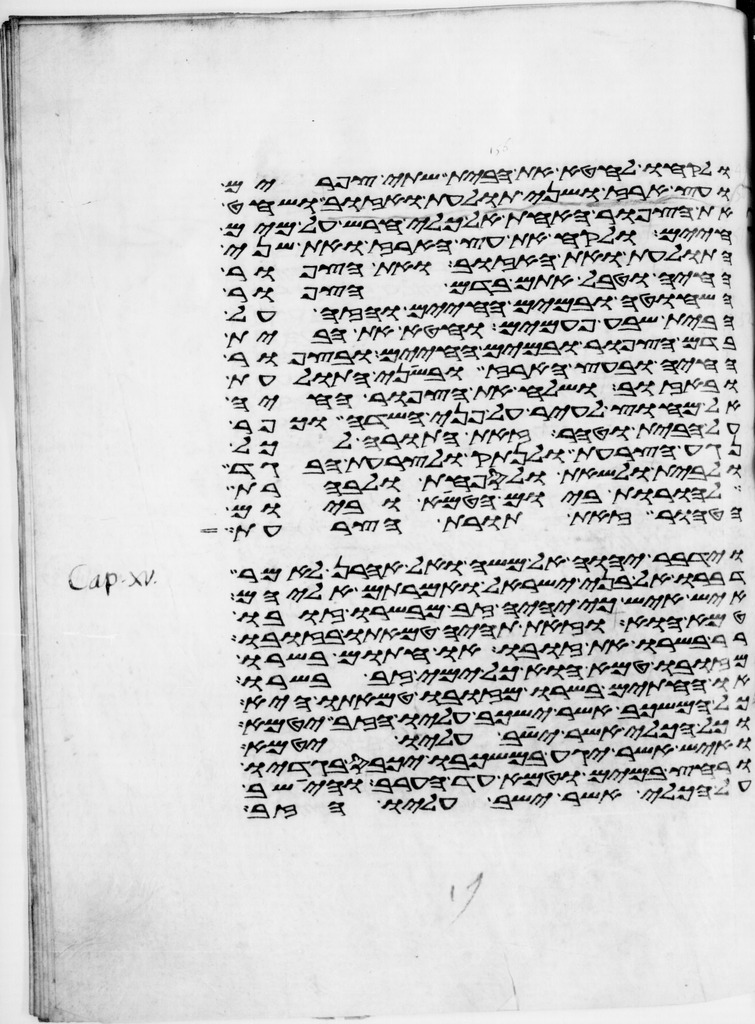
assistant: ולקחו לחטא את הבית שתי צפורים
ועץ ארז ושני תולעת ואזוב ושחט
את הצפור האחת אל כלי חרש על מים
חיים ולקח את עץ הארז ואת שני
התולעת ואת האזוב ואת הצפור
החיה וטבל אתם בדם הצפור
השחוטה ובמים החיים והזה על
הבית שבע פעמים וחטא את הבית
בדם הצפור ובמים החיים ובצפור
החיה ובעץ הארז ובשני התולעת
ובאזוב ושלח את הצפור החיה
אל מחוץ לעיר על פני השדה וכפר
על הבית וטהר זאת התורה לכל
נגע הצרעת ולנתק ולצרעת הבגד
ולבית ולשאת ולספחת ולבהרת
להורות ביום הטמא וביום
הטהור זאת תורת הצרעת
וידבר יהוה אל משה ואל אהרן לאמר
דברו אל בני ישראל ואמרתם אליהם
איש איש כי יהיה זב מבשרו זובו
טמא הוא וזאת תהיה טמאתו בזובו
בשרו את זובו או חתום בשרו
מזובו טמא הוא כל ימי זב בשרו
או החתים בשרו מזובו טמאתו היא
כל המשכב אשר ישכב עליו הזב יטמא
וכל הכלי אשר ישב עליו יטמא
ואיש אשר יגע במשכבו יכבס בגדיו
ורחץ במים וטמא עד הערב והישב
על הכלי אשר ישב עליו הזב